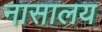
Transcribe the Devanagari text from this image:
नासालय